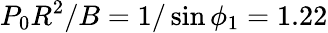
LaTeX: P_{0}R^{2}/B=1/\sin\phi_{1}=1.22